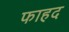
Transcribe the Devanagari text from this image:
फाहद